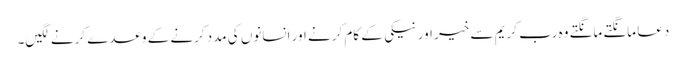
دعا مانگتے مانگتے وہ رب کریم سے خیر اور نیکی کے کام کرنے اور انسانوں کی مدد کرنے کے وعدے کرنے لگیں۔